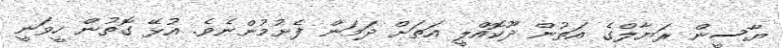
ޔާސީން ރަޔާލްގެ އަތުން ދޫކޮއްލީ އަތަށް ދަމަން ފެށުމުންނެވެ. އުޅޭ ގޮތުން ހީވަނީ